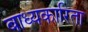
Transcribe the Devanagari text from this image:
बाध्यकारिता